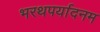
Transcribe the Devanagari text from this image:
भरथपर्यादनम